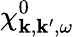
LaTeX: \chi_{\boldsymbol{\mathbf{k}},\boldsymbol{\mathbf{k}}^{\prime},\omega}^{0}